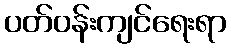
ပတ်ဝန်းကျင်ရေးရာ